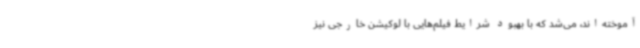
آموخته‌اند، می‌شد که با بهبود شرایط فیلم‌هایی با لوکیشن خارجی نیز